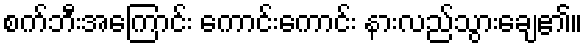
စက်ဘီးအကြောင်း ကောင်းကောင်း နားလည်သွားချေ၏။